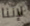
لإننا